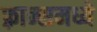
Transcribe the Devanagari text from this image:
फ़्रान्समध्ये